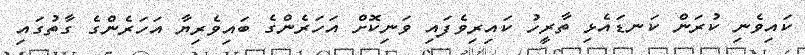
ކައިވެނި ކުރަން ކަނޑައެޅި ތާރީހު ކައިރިވެފައި ވަނިކޮށް އަހަރެންގެ ބައިވެރިޔާ އަހަރެންގެ ގާތުގައި